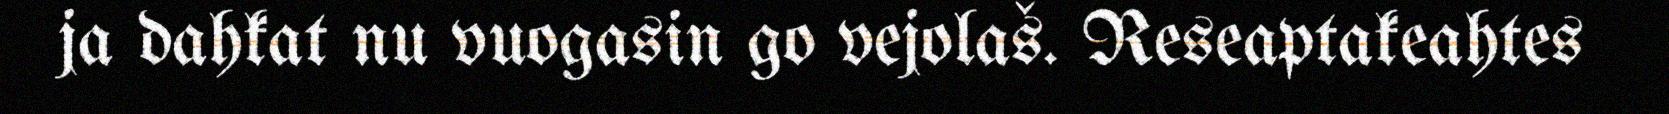
ja dahkat nu vuogasin go vejolaš. Reseaptakeahtes